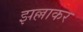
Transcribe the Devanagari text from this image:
झल्लाकर